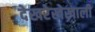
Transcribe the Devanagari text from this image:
देखरेखेखाली